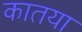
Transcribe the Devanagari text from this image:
कातया